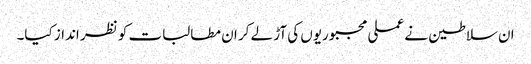
ان سلاطین نے عملی مجبوریوں کی آڑ لے کر ان مطالبات کو نظر انداز کیا۔